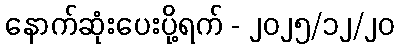
နောက်ဆုံးပေးပို့ရက် - ၂၀၂၅/၁၂/၂၀